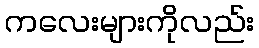
ကလေးများကိုလည်း